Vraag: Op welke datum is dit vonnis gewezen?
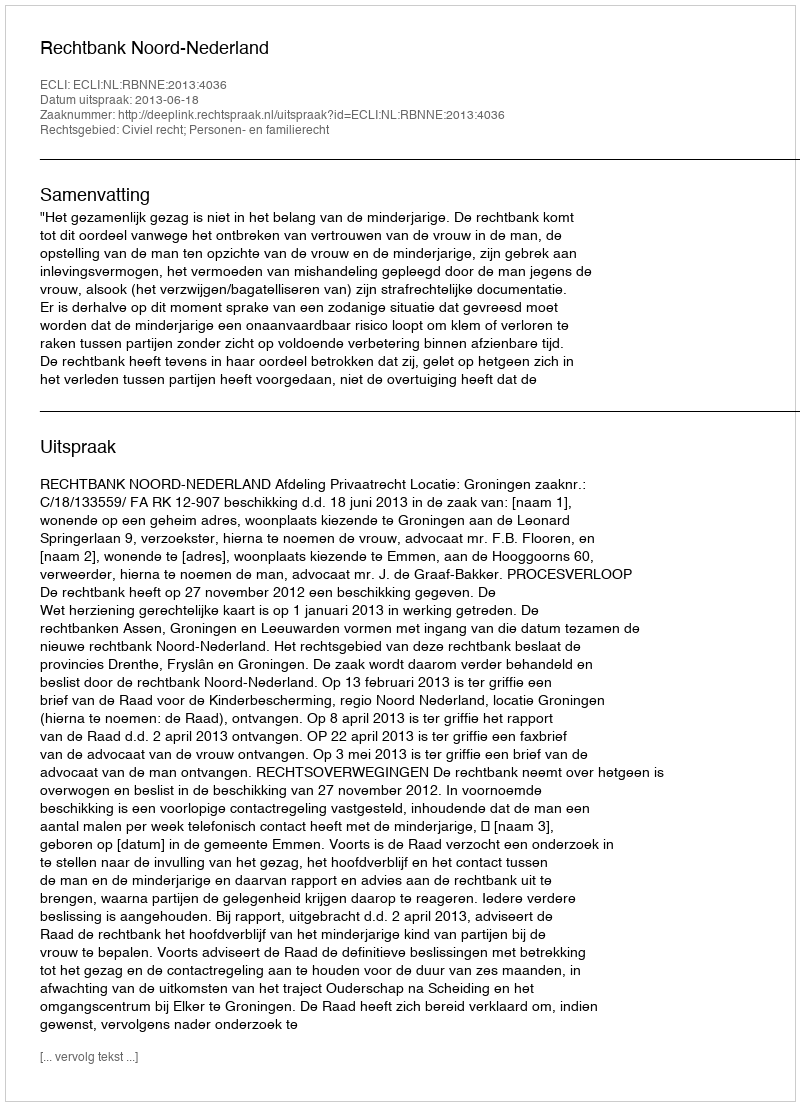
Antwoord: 2013-06-18